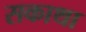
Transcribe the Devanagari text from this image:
सकाथा